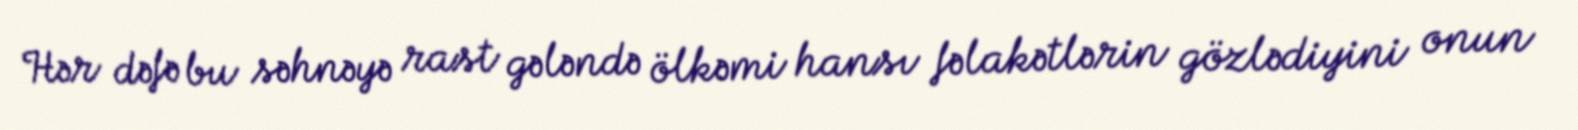
Hər dəfə bu səhnəyə rast gələndə ölkəmi hansı fəlakətlərin gözlədiyini onun